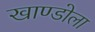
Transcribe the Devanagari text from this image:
खाण्डोला